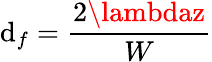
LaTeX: \mathrm{d}_{f}={\frac{{2\lambdaz}}{{W}}}